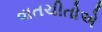
વાતચીતોએ